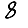
Digit: 8